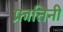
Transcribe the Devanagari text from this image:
फ्रातिनी